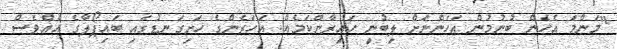
"މަންމަ އެހެން ބުނުމުން އަހަންނަށް ލިބުނީ ހައިރާންކަމެއް. އަހަރެންގެ ހަށިގަނޑުގައި ބައިޕޯލާގެ އެއްވެސް